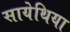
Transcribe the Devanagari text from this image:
सायेथिया